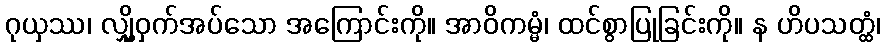
ဂုယှဿ၊ လျှို့ဝှက်အပ်သော အကြောင်းကို။ အာဝိကမ္မံ၊ ထင်စွာပြုခြင်းကို။ န ဟိပသတ္ထံ၊